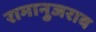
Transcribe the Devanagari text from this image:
रामानुजराव